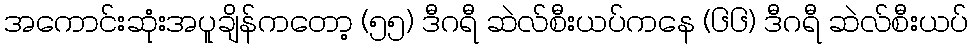
အကောင်းဆုံးအပူချိန်ကတော့ (၅၅) ဒီဂရီ ဆဲလ်စီးယပ်ကနေ (၆၆) ဒီဂရီ ဆဲလ်စီးယပ်